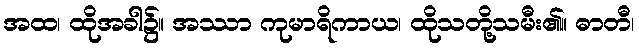
အထ၊ ထိုအခါ၌။ အဿာ ကုမာရိကာယ၊ ထိုသတို့သမီး၏။ ဓာတီ၊